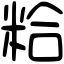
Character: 粭